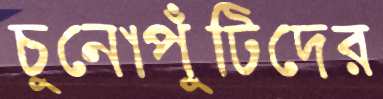
চুনোপুঁটিদের